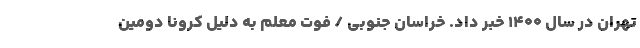
تهران در سال ۱۴۰۰ خبر داد. خراسان جنوبی / فوت معلم به دلیل کرونا دومین